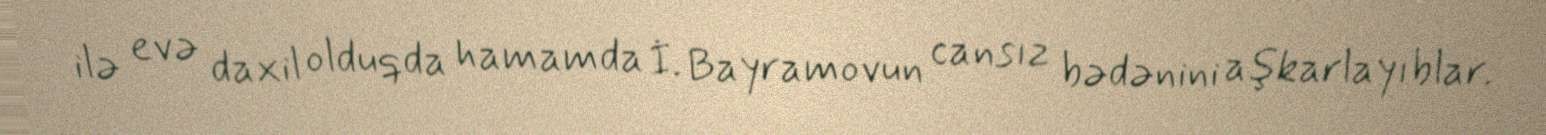
ilə evə daxil olduqda hamamda İ. Bayramovun cansız bədənini aşkarlayıblar.